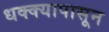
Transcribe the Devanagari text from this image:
धक्क्यापासून